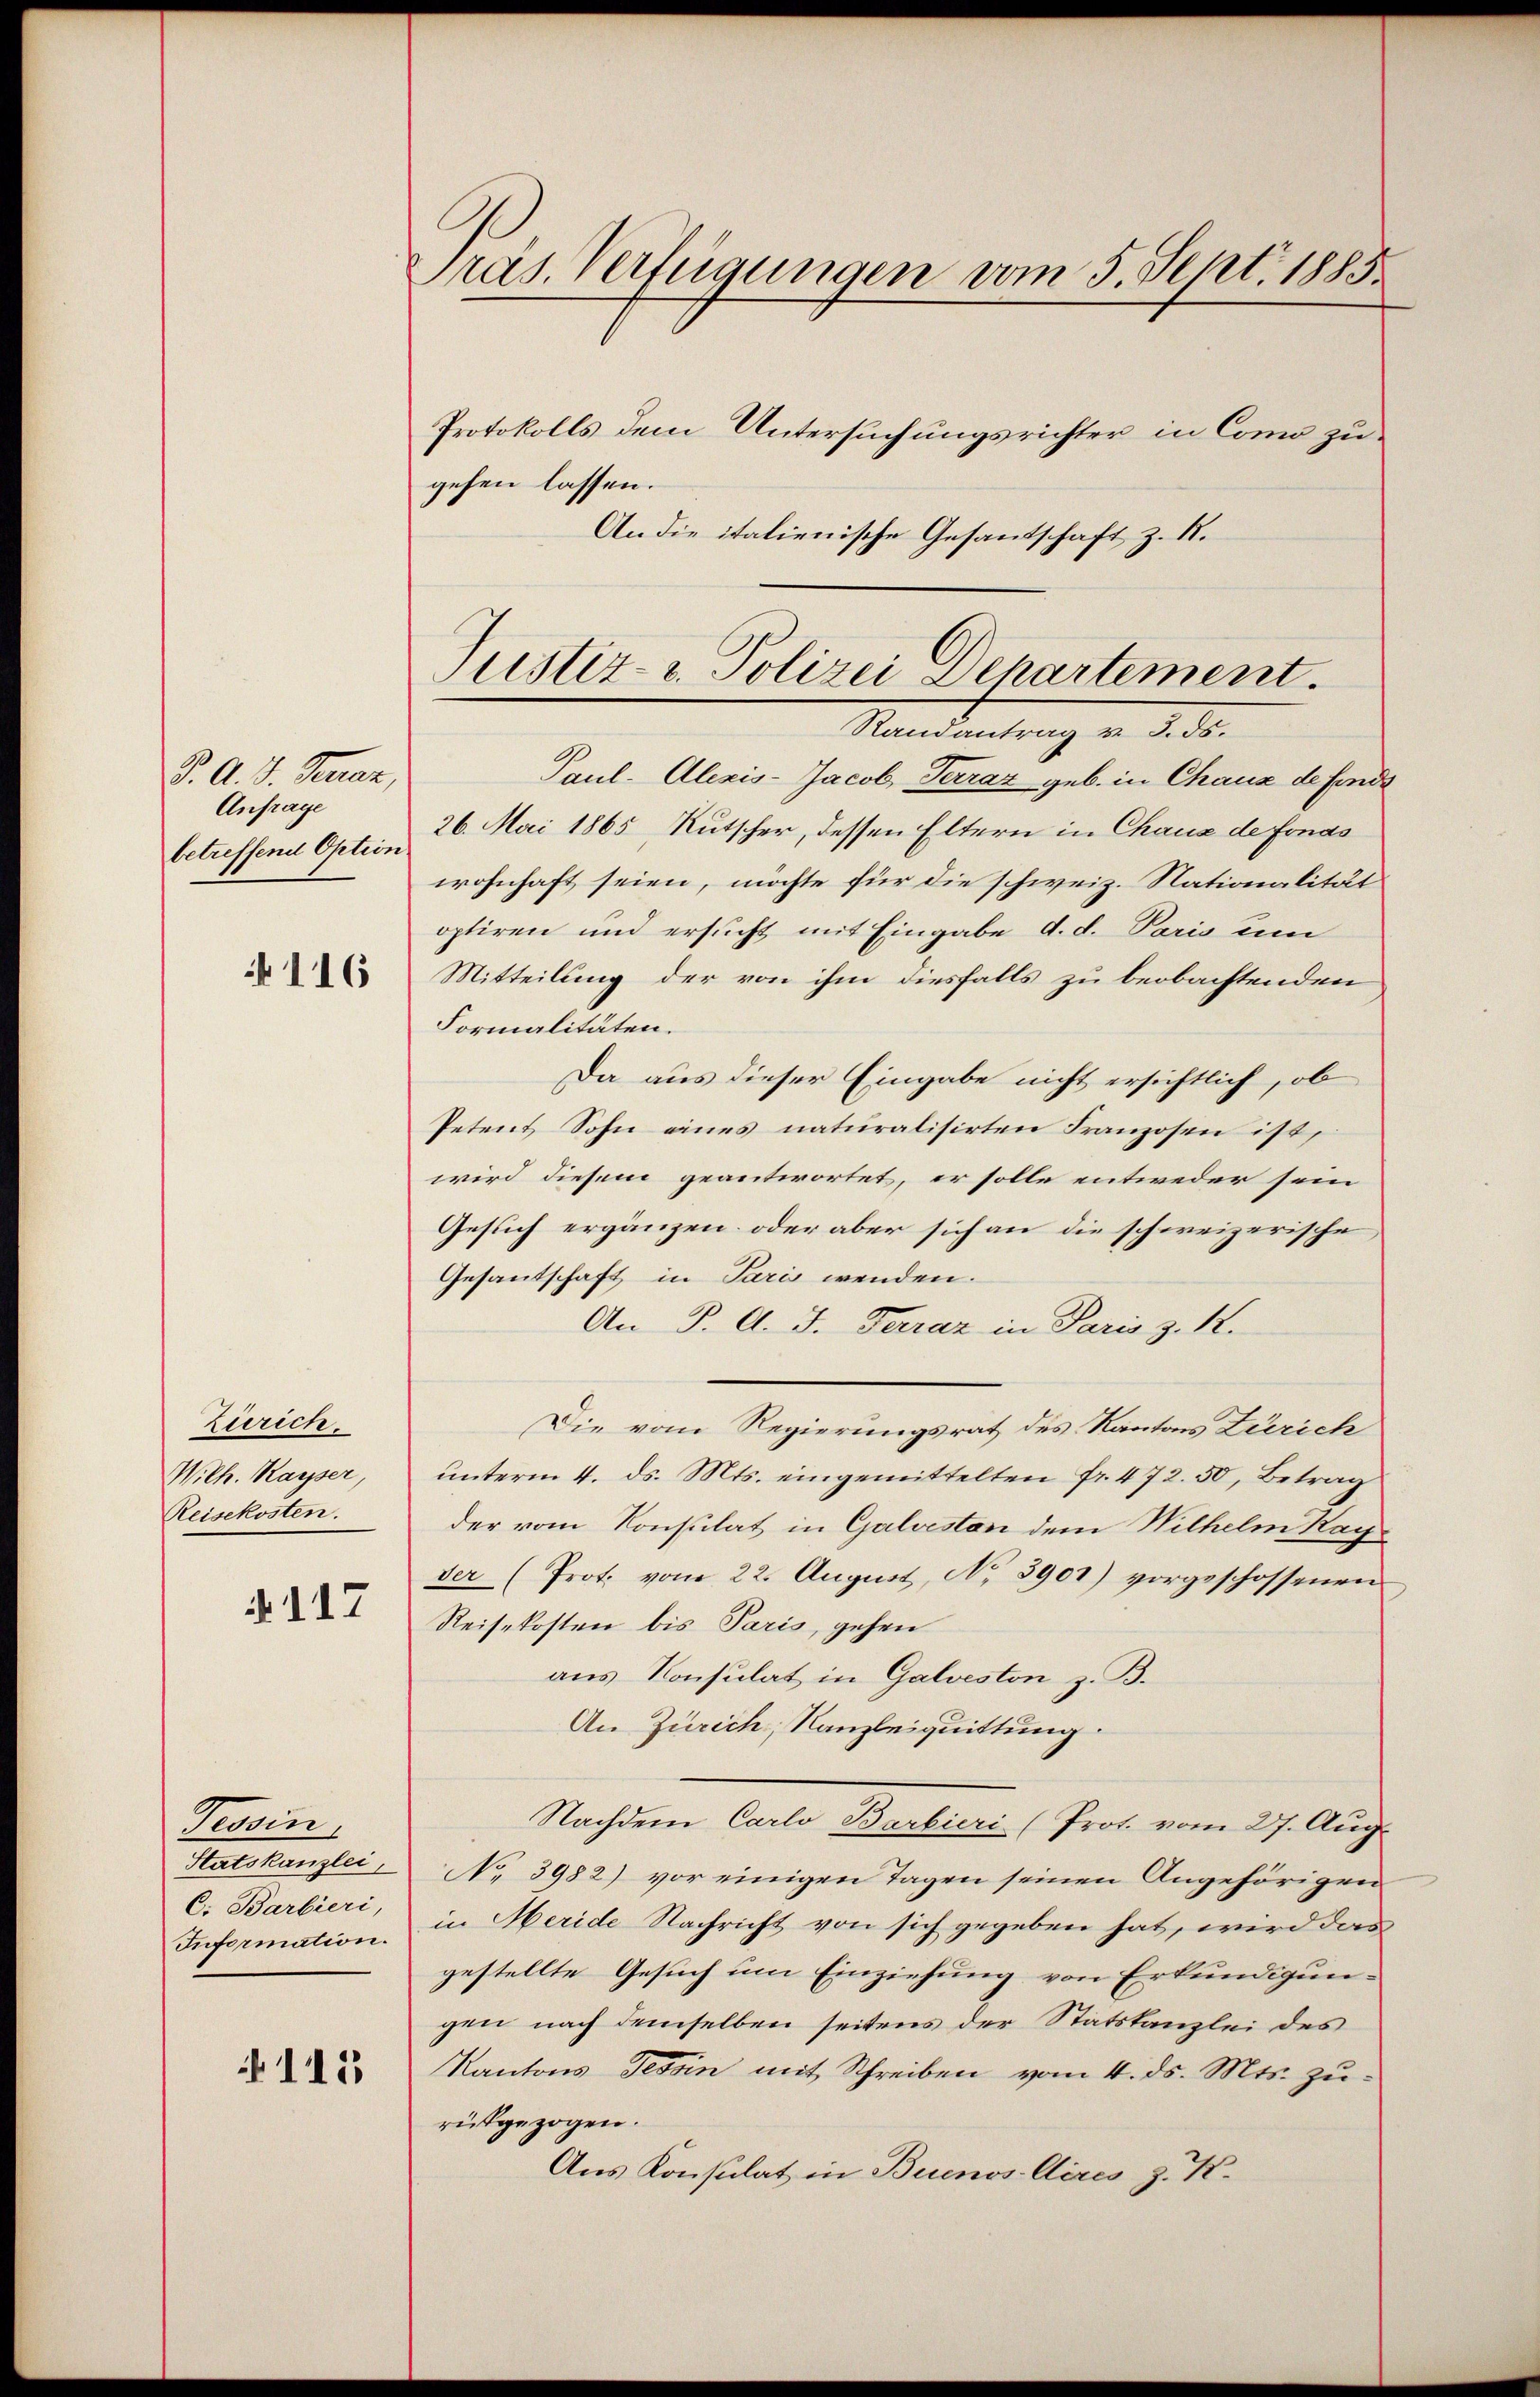
S. A. v. Neuan,
Anfrage
betreffend Option

116

Zürich.
Wilh. Kayser,
Reisekosten.

§117

Tessin
Statskanzlei,
C. Barbieri,
Information.

115

Präs. Verfügungen vom 5. Sept. 1885.
Protokolls dem Untersuchungsrichter in Como zu
gehen lassen.

An die italienische Gesandschaft z. R.
Paul- Alexis-Jacob Terraz geb. in Chaux de findi
26. Mai 1865 Rutscher, dessen Eltern in Chaux de fonas
wohnhaft seien, möchte für die schweiz. Stationalität
optiren und ersucht mit Eingabe d. d. Paris um
Mitteilung der von ihm diesfalls zu beobachtenden
Formalitäten.
Da aus dieser Eingabe nicht ersichtlich, ob
Petent Sohn eines naturalisirten Franzosen ist,
wird diesem geantwortet, er solle entweder sein
Gesuch ergänzen, oder aber sich an die schweizerische
Gesandschaft in Paris wenden.
An P. d. J. Ferraz in Paris z. 12.
Die vom Regierungsrat des Kantons Zürich
ŭnterm 4. ds. Mts. eingemittelten fr. 472. 50, Betrag
der vom Konsulat in Galvesten dem Wilhelm Kayder (Prot. vom 22. August, No. 3901) vorgeschossenen
Reisekosten bis Paris, gehen
aus Konsulat in Galveston z. B.
An Zürich, Kanzleiquittung.
Nachdem Carlo Barbieri (Prot. vom 27. Aug.
No 3982) vor einigen Tagen seinen Angehörigen
in Meride Nachricht von sich gegeben hat, wird das
gestellte Gesuch um Einziehung von Erkundigungen nach demselben seitens der Statskanzlei des
Kantons Tessin mit Schreiben vom 4. ds. Mts. zurückgezogen.
Aus Konsulat in Buenos Aires z. K.

Justiz- u. Polizei Departement.
Randantrag v. 3. ds.